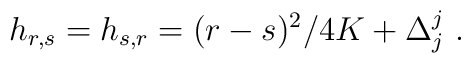
h_{r,s}=h_{s,r}=(r-s)^2/4K+\Delta^j_j{}~.